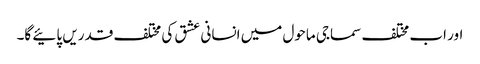
اور اب مختلف سماجی ماحول میں انسانی عشق کی مختلف قدریں پائیے گا۔